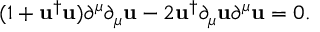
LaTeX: ( 1 + { \mathbf { u } } ^ { \dag } { \mathbf { u } } ) \partial ^ { \mu } \partial _ { \mu } { \mathbf { u } } - 2 { \mathbf { u } } ^ { \dag } \partial _ { \mu } { \mathbf { u } } \partial ^ { \mu } { \mathbf { u } } = 0 .